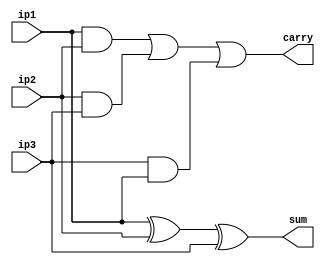
`timescale 1ns / 1ps
//////////////////////////////////////////////////////////////////////////////////

// ID     : N180116
//Branch  : ECE
//Project : RTL design using Verilog
//Design  : Full Adder using Data Flow Model
//Module  : Main Design Module
//RGUKT NUZVID 
//////////////////////////////////////////////////////////////////////////////////


module FA_DF(ip1,ip2,ip3,carry,sum);
input ip1,ip2,ip3;
output carry,sum;

assign carry=((ip1&ip2)| (ip2&ip3) |(ip3&ip1));
assign sum =ip1^ip2^ip3;
endmodule